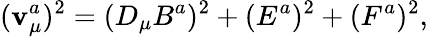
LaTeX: (\mathbf{v}_{\mu}^{a})^{2}=(D_{\mu}B^{a})^{2}+(E^{a})^{2}+(F^{a})^{2},